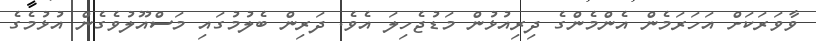
ވާވަރަކަށް އަހަރަމެން އެންމެންގެ ދިރިއުޅުން މަޑުޖެހިލަ އެވެ. ދަރިން ބެލުމުގައި މަސްއޫލުވެގެން އުޅުމެގެ